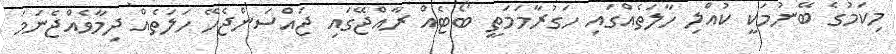
މިކަމުގެ ބޭނުމަކީ ކުއްލި ހާލަތެއްގައި ހަގުރާމަމަތީ ބޯޓެއް ރާއްޖޭގައި ޖައްސަންޖެހޭ ހަލަތެއް ދިމާވެއްޖެނަމަ